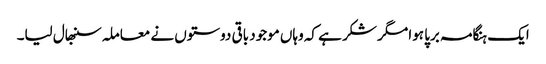
ایک ہنگامہ برپا ہوا مگر شکر ہے کہ وہاں موجود باقی دوستوں نے معاملہ سنبھال لیا۔